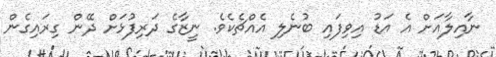
ނާއިލާއަށް އެ އަޑު އިވިފައި ބުނެލި އެއްޗެކެވެ. ނީޒާގެ ދަރިފުޅަށް ދޭން ގިރައިގެން